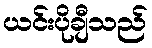
ယင်းပိုချီသည်